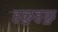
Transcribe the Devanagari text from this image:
हळुह़ळु